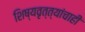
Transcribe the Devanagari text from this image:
शिष्यवृत्त्यांचाही